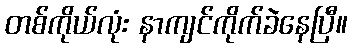
တစ်ကိုယ်လုံး နာကျင်ကိုက်ခဲနေပြီ။